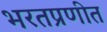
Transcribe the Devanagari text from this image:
भरतप्रणीत